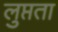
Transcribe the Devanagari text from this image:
लुप्तता